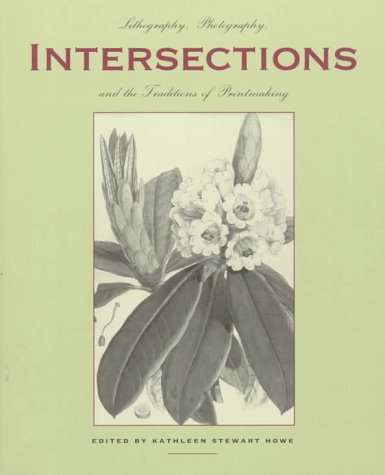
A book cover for Intersections: Lithography, Photography, and the Traditions of Printmaking (Tamarind Papers); Kathleen Stewart-Howe; Arts & Photography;